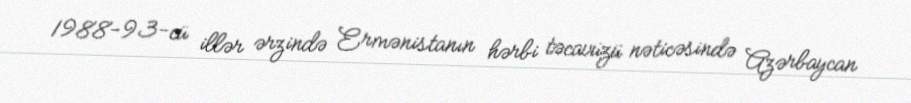
1988-93-cü illər ərzində Ermənistanın hərbi təcavüzü nəticəsində Azərbaycan